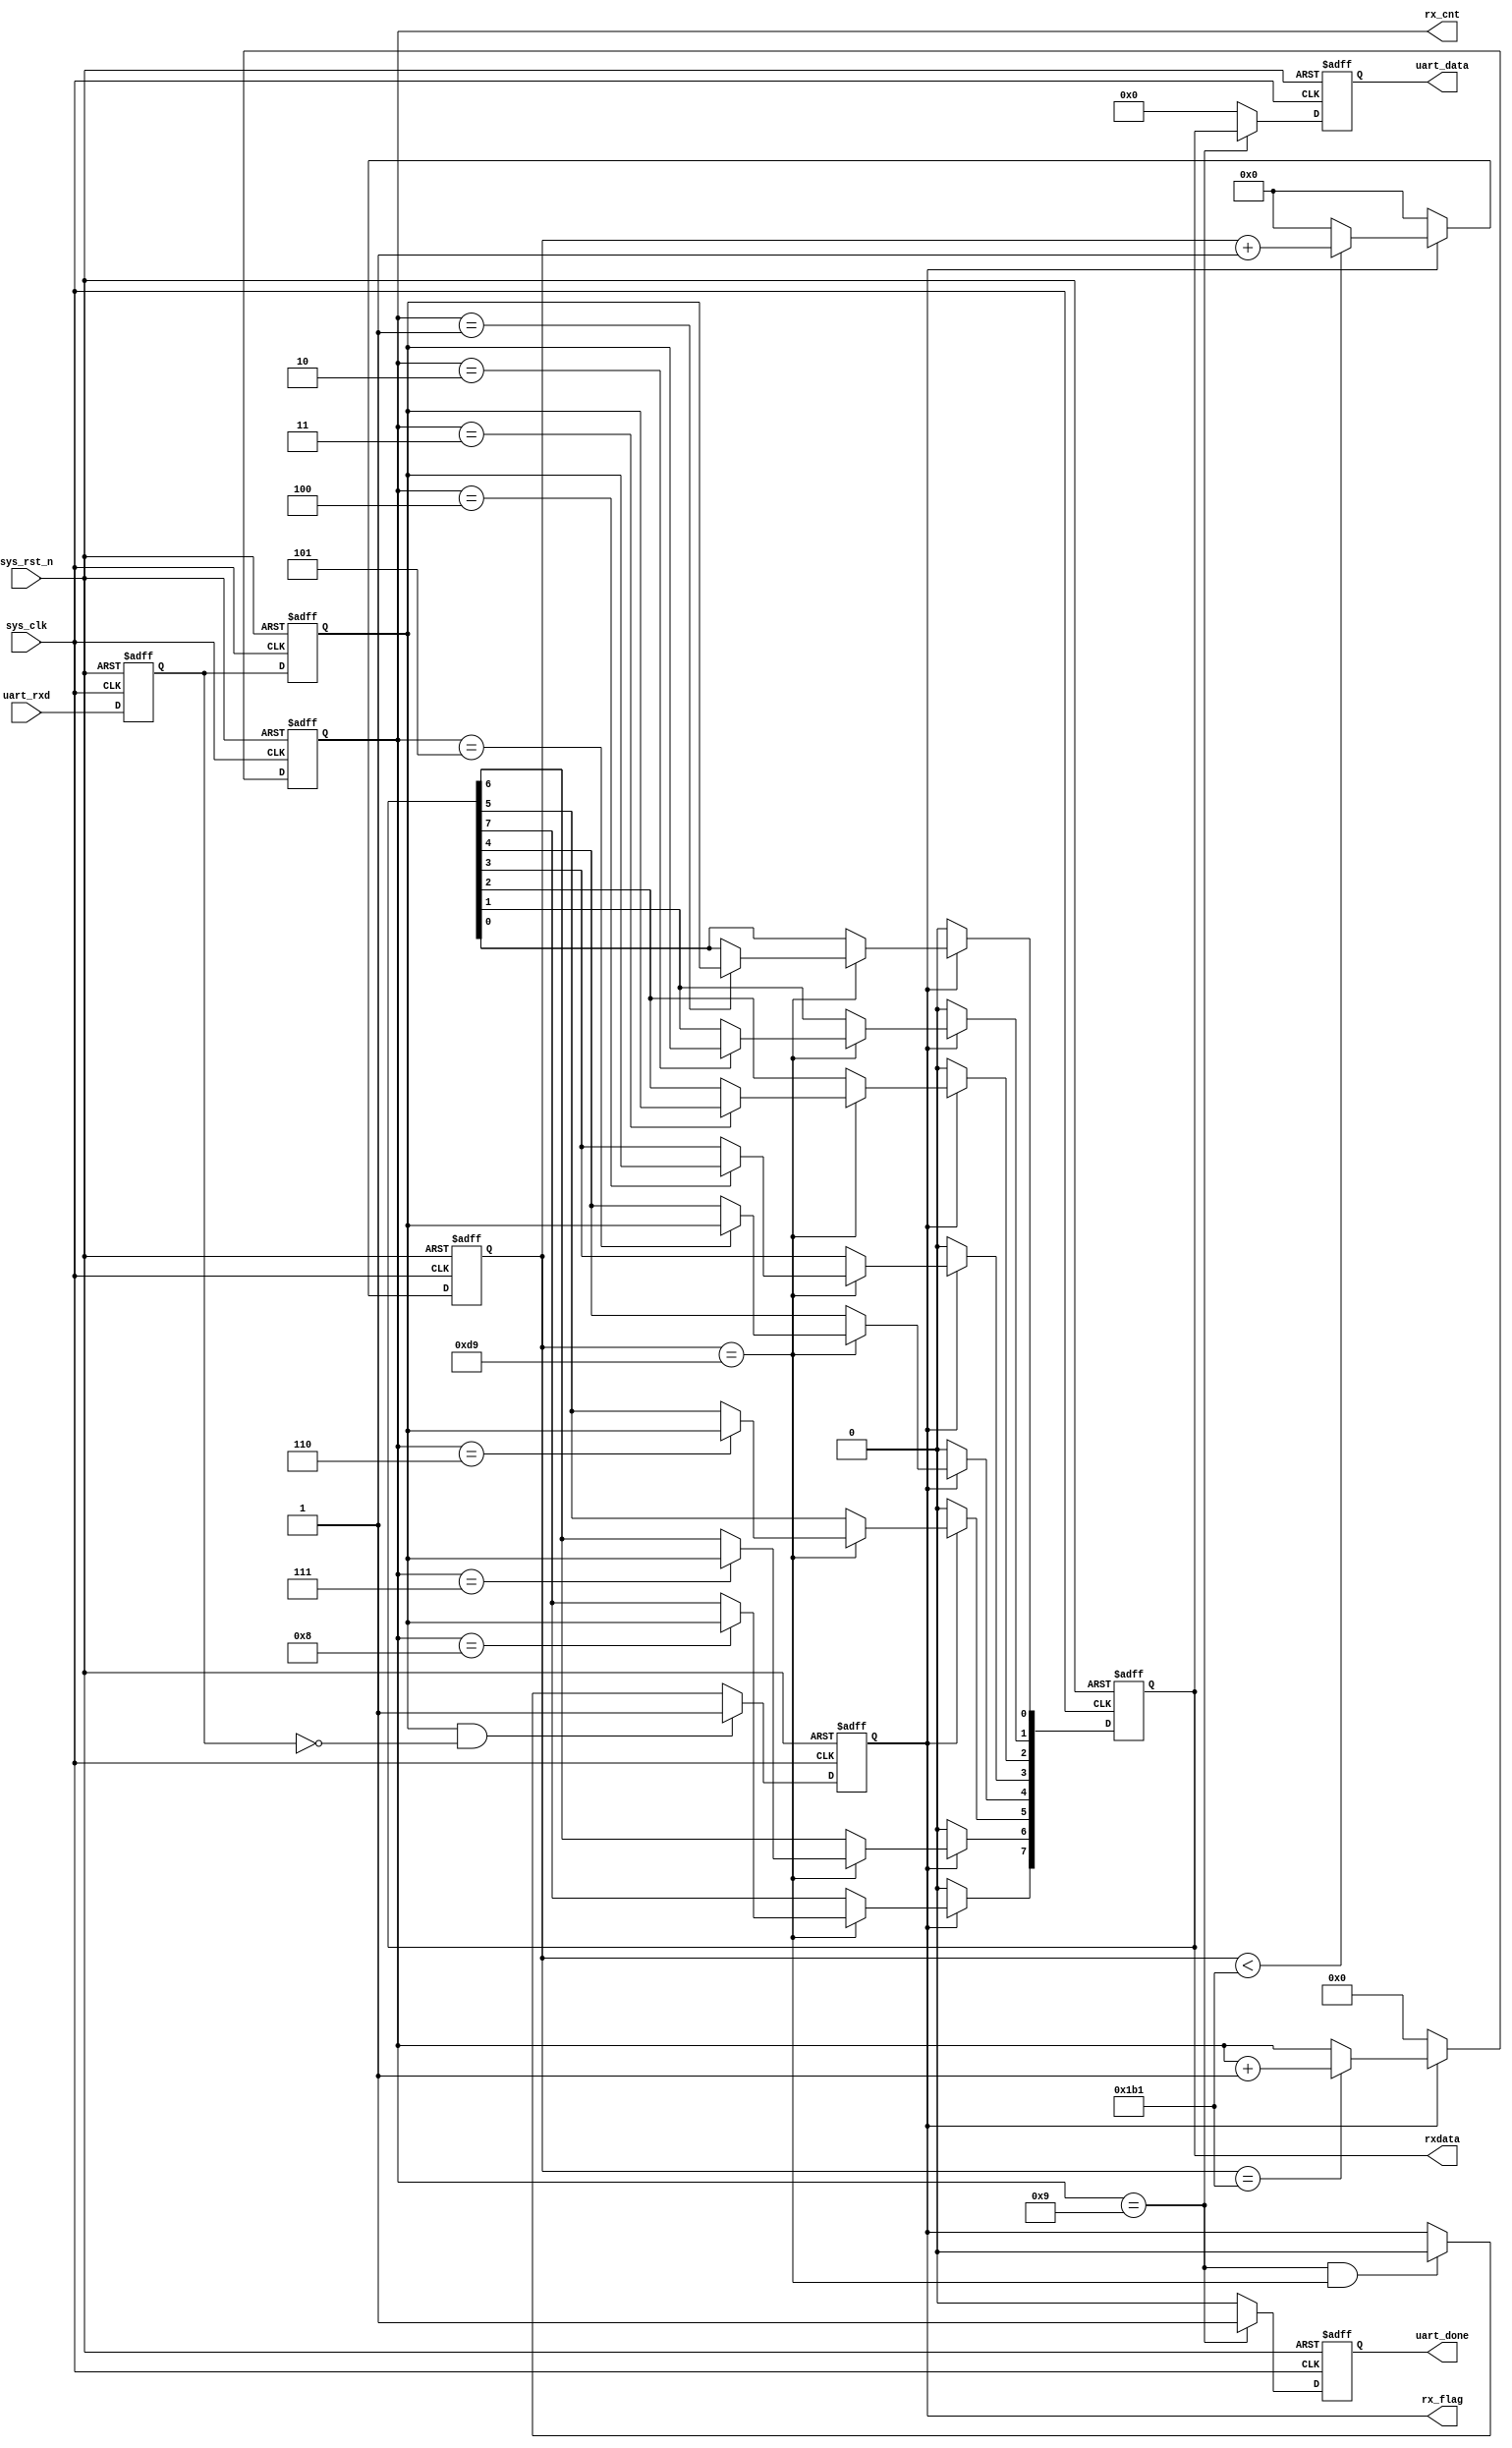
module uart_rx(
    input				  		sys_clk		,          	//
    input       	      		sys_rst_n	,         	//

    input       	      		uart_rxd	,         	//UART
    output  reg 	      		uart_done	,        	//
    output  reg 	      		rx_flag		,          	//
    output  reg 	[3 : 0]		rx_cnt		,          	//
    output  reg 	[7 : 0]		rxdata		,
    output  reg 	[7 : 0]		uart_data 	          	//
);

//parameter define
parameter  CLK_FREQ = 50000000;                //
parameter  UART_BPS = 115200;                    //
localparam  BPS_CNT  = CLK_FREQ/UART_BPS;       //
                                                //BPS_CNT
//reg define
reg        uart_rxd_d0;
reg        uart_rxd_d1;
reg [15:0] clk_cnt;                              //

//wire define
wire       start_flag;

//*****************************************************
//**                    main code
//*****************************************************
//()
assign  start_flag = uart_rxd_d1 & (~uart_rxd_d0);    

//UART
always @(posedge sys_clk or negedge sys_rst_n) begin 
    if (!sys_rst_n) begin 
        uart_rxd_d0 <= 1'b0;
        uart_rxd_d1 <= 1'b0;          
    end
    else begin
        uart_rxd_d0  <= uart_rxd;                   
        uart_rxd_d1  <= uart_rxd_d0;
    end   
end

//start_flag           
always @(posedge sys_clk or negedge sys_rst_n) begin         
    if (!sys_rst_n)                                  
        rx_flag <= 1'b0;
    else begin
        if(start_flag)                          //
            rx_flag <= 1'b1;                    //rx_flag
                                                //
        else if((rx_cnt == 4'd9) && (clk_cnt == BPS_CNT/2))
            rx_flag <= 1'b0;                    //rx_flag
        else
            rx_flag <= rx_flag;
    end
end

//
always @(posedge sys_clk or negedge sys_rst_n) begin         
    if (!sys_rst_n)                             
        clk_cnt <= 16'd0;                                  
    else if ( rx_flag ) begin                   //
        if (clk_cnt < BPS_CNT - 1)
            clk_cnt <= clk_cnt + 1'b1;
        else
            clk_cnt <= 16'd0;               	//
    end
    else                              				
        clk_cnt <= 16'd0;						//
end

//
always @(posedge sys_clk or negedge sys_rst_n) begin         
    if (!sys_rst_n)                             
        rx_cnt  <= 4'd0;
    else if ( rx_flag ) begin                   //
        if (clk_cnt == BPS_CNT - 1)				//
            rx_cnt <= rx_cnt + 1'b1;			//1
        else
            rx_cnt <= rx_cnt;       
    end
	 else
        rx_cnt  <= 4'd0;						//
end

//uart
always @(posedge sys_clk or negedge sys_rst_n) begin 
    if ( !sys_rst_n)  
        rxdata <= 8'd0;                                     
    else if(rx_flag)                            //
        if (clk_cnt == BPS_CNT/2) begin         //
            case ( rx_cnt )
             4'd1 : rxdata[0] <= uart_rxd_d1;   //
             4'd2 : rxdata[1] <= uart_rxd_d1;
             4'd3 : rxdata[2] <= uart_rxd_d1;
             4'd4 : rxdata[3] <= uart_rxd_d1;
             4'd5 : rxdata[4] <= uart_rxd_d1;
             4'd6 : rxdata[5] <= uart_rxd_d1;
             4'd7 : rxdata[6] <= uart_rxd_d1;
             4'd8 : rxdata[7] <= uart_rxd_d1;   //
             default:;                                    
            endcase
        end
        else 
            rxdata <= rxdata;
    else
        rxdata <= 8'd0;
end

//
always @(posedge sys_clk or negedge sys_rst_n) begin        
    if (!sys_rst_n) begin
        uart_data <= 8'd0;                               
        uart_done <= 1'b0;
    end
    else if(rx_cnt == 4'd9) begin               //           
        uart_data <= rxdata;                    //
        uart_done <= 1'b1;                      //
    end
    else begin
        uart_data <= 8'd0;                                   
        uart_done <= 1'b0; 
    end    
end

endmodule